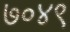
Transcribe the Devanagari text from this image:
७०४९